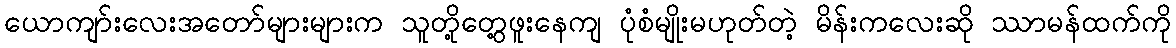
ယောကျာ်းလေးအတော်များများက သူတို့တွေ့ဖူးနေကျ ပုံစံမျိုးမဟုတ်တဲ့ မိန်းကလေးဆို ဿာမန်ထက်ကို